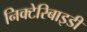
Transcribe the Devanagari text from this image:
निक्टेरिबाइडी